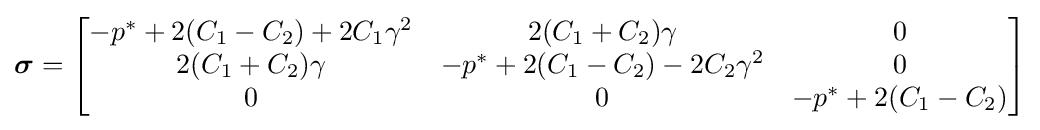
{\boldsymbol {\sigma }}={\begin{bmatrix}-p^{*}+2(C_{1}-C_{2})+2C_{1}\gamma ^{2}&2(C_{1}+C_{2})\gamma &0\\2(C_{1}+C_{2})\gamma &-p^{*}+2(C_{1}-C_{2})-2C_{2}\gamma ^{2}&0\\0&0&-p^{*}+2(C_{1}-C_{2})\end{bmatrix}}